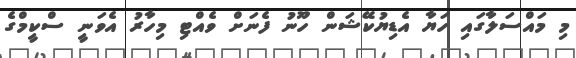
މި މައްސަލާގައި ހަޔާ އެޑިޔުކޭޝަން ހޫނު ފެނަށް ވެއްޓި މިހާރު އެވަނީ ސްކީމްގެ